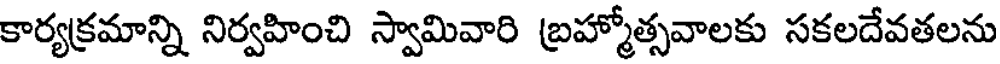
కార్యక్రమాన్ని నిర్వహించి స్వామివారి బ్రహ్మోత్సవాలకు సకలదేవతలను